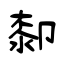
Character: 厀